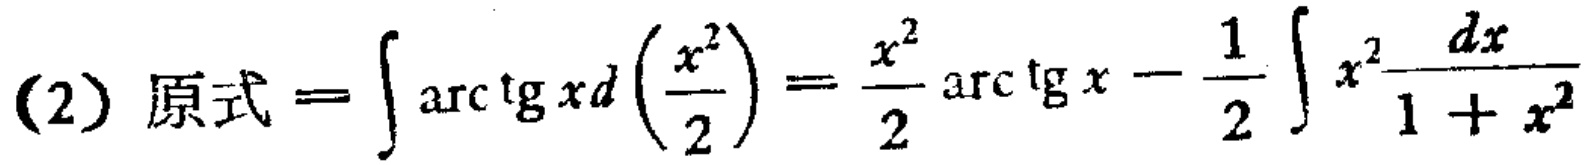
(2) 原式 \(=\int\mathrm{arc}\tg xd\left(\frac{x^{2}}{2}\right)=\frac{x^{2}}{2}\mathrm{arc}\tg x-\frac{1}{2}\int x^{2}\frac{dx}{1 + x^{2}}\)